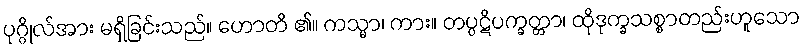
ပုဂ္ဂိုလ်အား မရှိခြင်းသည်။ ဟောတိ ၏။ ကသ္မာ၊ ကား။ တပ္ပဋိပက္ခတ္တာ၊ ထိုဒုက္ခသစ္စာတည်းဟူသော